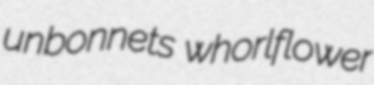
unbonnets whorlflower